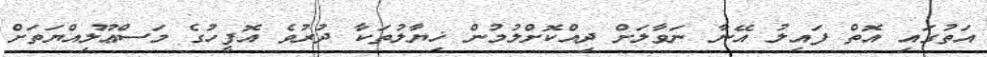
އަތުގައި އޮތް ފައިލު އޭނާ ނަވާލަށް ދިއްކޮށްލުމުން ޚިޔާލުތަކާ ދުރުވެ އޮފީހުގެ މަސްޢޫލިއްޔަތަށް